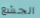
الجشع